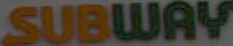
SUBWAY